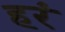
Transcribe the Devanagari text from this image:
हरं